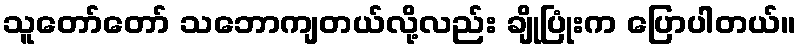
သူတော်တော် သဘောကျတယ်လို့လည်း ချိုပြုံးက ပြောပါတယ်။